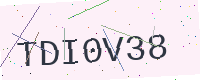
Text: TDI0V38